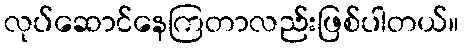
လုပ်ဆောင်နေကြတာလည်းဖြစ်ပါတယ်။